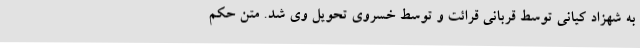
به شهزاد کیانی توسط قربانی قرائت و توسط خسروی تحویل وی شد. متن حکم